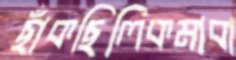
ছাঁকছিলিকমাবা